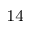
^ { 1 4 }